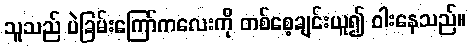
သူသည် ပဲခြမ်းကြော်ကလေးကို တစ်စေ့ချင်းယူ၍ ဝါးနေသည်။